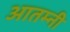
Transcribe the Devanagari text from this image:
आतम्नी